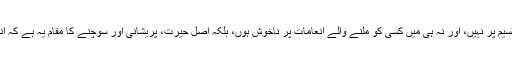
مجھے تشویش گیم شوز کی فراوانی یا انعامات کی تقسیم پر نہیں، اور نہ ہی میں کسی کو ملنے والے انعامات پر ناخوش ہوں، بلکہ اصل حیرت، پریشانی اور سوچنے کا مقام یہ ہے کہ انعامات دیے بلکہ "بانٹے" کسِ انداز میں جا رہے ہیں۔